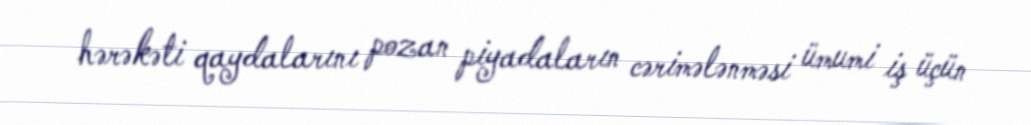
hərəkəti qaydalarını pozan piyadaların cərimələnməsi ümumi iş üçün